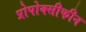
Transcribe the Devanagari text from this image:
प्रोपोक्सीफीन